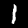
Digit: 1